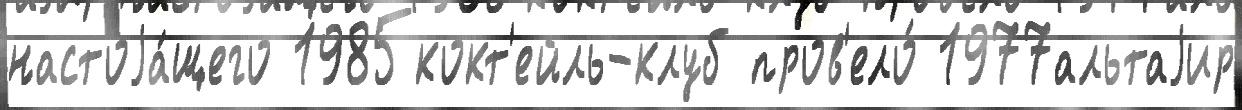
настоjа́щего 1985кокт'ейль-клуб пров'ело́ 1977альтаjир